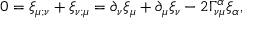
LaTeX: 0 = \xi _ { \mu ; \nu } + \xi _ { \nu ; \mu } = \partial _ { \nu } \xi _ { \mu } + \partial _ { \mu } \xi _ { \nu } - 2 \Gamma _ { \nu \mu } ^ { \alpha } \xi _ { \alpha } ,